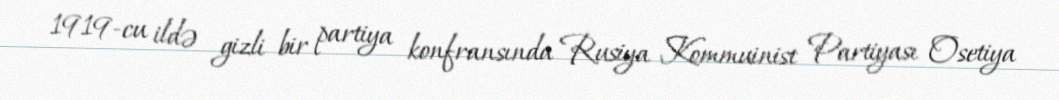
1919-cu ildə gizli bir partiya konfransında Rusiya Kommuinist Partiyası Osetiya